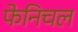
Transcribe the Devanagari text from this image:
फेनिचल